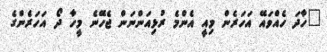
"ހާދަ ހެއްވައޭ އަހަރެން މިއީ އެންމެ ރުޅިއަންނަން ޖެހޭނެ މީހާ ދޯ އަހަރެންގެ